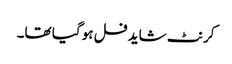
کرنٹ شاید فل ہو گیا تھا۔